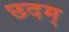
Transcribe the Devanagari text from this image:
छदम्